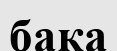
бака